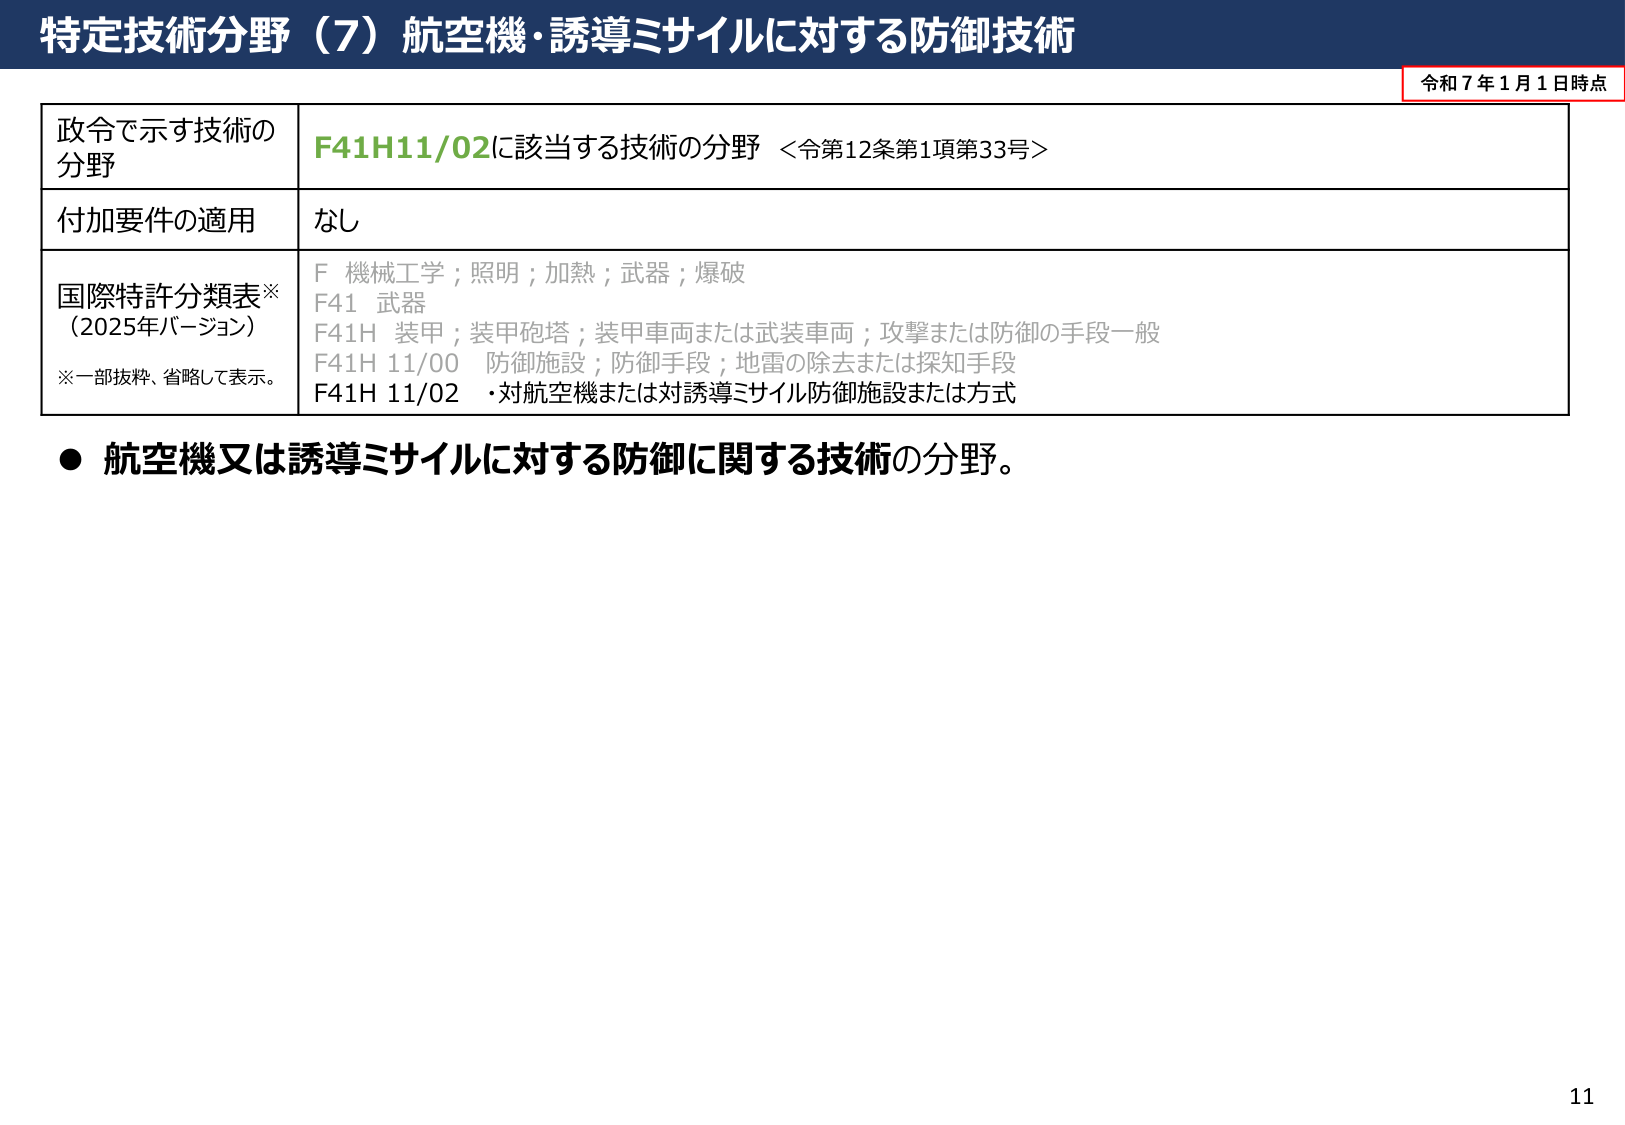
特定技術分野（7）航空機・誘導ミサイルに対する防御技術

令和７年１月１日時点

政令で示す技術の
分野
F41H11/02に該当する技術の分野 ＜令第12条第1項第33号＞

付加要件の適用
なし

国際特許分類表※
（2025年バージョン）
※一部抜粋、省略して表示。
F 機械工学；照明；加熱；武器；爆破
F41 武器
F41H 装甲；装甲砲塔；装甲車両または武装車両；攻撃または防御の手段一般
F41H 11/00 防御施設；防御手段；地雷の除去または探知手段
F41H 11/02 ・対航空機または対誘導ミサイル防御施設または方式

● 航空機又は誘導ミサイルに対する防御に関する技術の分野。

11